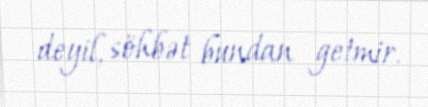
deyil, söhbət bundan getmir.